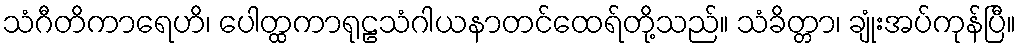
သံဂီတိကာရေဟိ၊ ပေါတ္ထကာရုဠသံဂါယနာတင်ထေရ်တို့သည်။ သံခိတ္တာ၊ ချုံးအပ်ကုန်ပြီ။